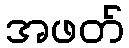
အဖတ်